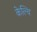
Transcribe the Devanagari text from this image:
केल्वि